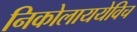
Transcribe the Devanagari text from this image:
निकोलाययेविच